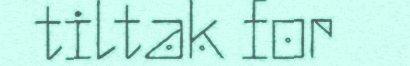
tiltak for